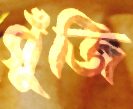
গুঁজি